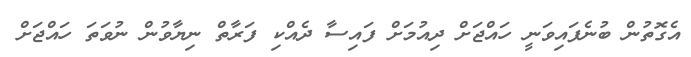
އެގޮތުން ބުނެފައިވަނީ ހައްޖަށް ދިއުމަށް ފައިސާ ދެއްކި ފަރާތް ނިޔާވުން ނުވަތަ ހައްޖަށް